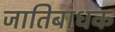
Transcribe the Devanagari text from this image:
जातिबाधक